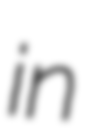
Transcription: in